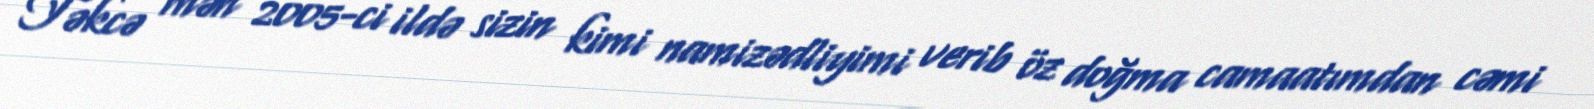
Təkcə mən 2005-ci ildə sizin kimi namizədliyimi verib öz doğma camaatımdan cəmi